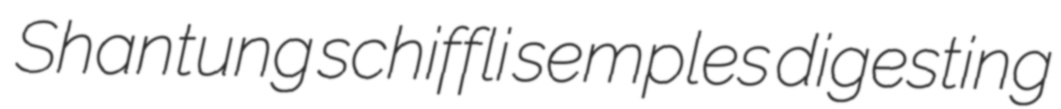
Shantung schiffli semples digesting